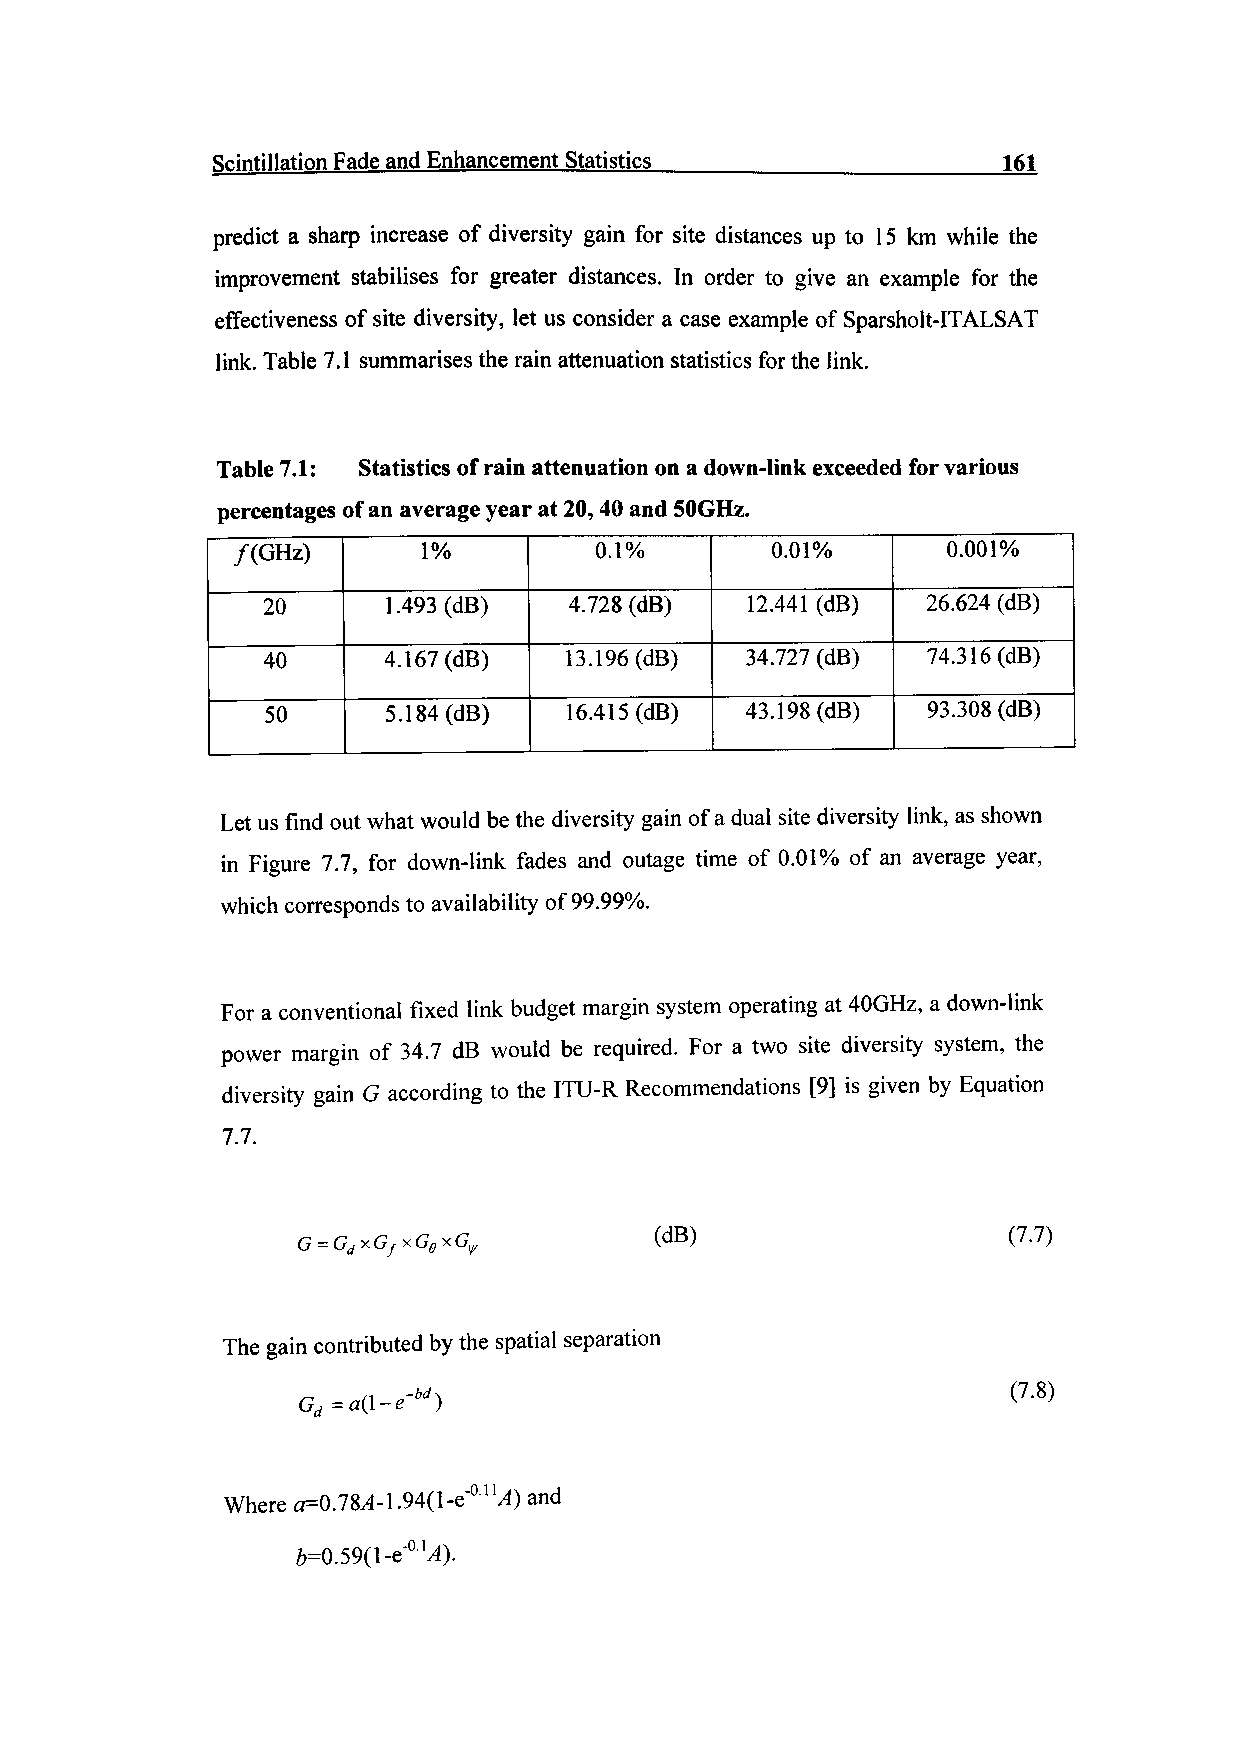
Scintillation Fade and Enhancement Statistics       161
 predict a sharp increase of diversity gain for site distances up to 15 km while the
 improvement stabilises for greater distances. In order to give an example for the
 effectiveness of site diversity, let us consider a case example of Sparsholt-ITALSAT
 link. Table 7.1 summarises the rain attenuation statistics for the link.
 Table 7.1: Statistics of rain attenuation on a down-link exceeded for various
 percentages of an average year at 20,40 and SOGHz.
 /(GHz)       1%         0.1%        0.01%       0.001%
 20       1.493(dB)   4.728 (dB) 12.441 (dB) 26.624 (dB)
 40      4.167(dB)   13.196(dB)  34.727 (dB) 74.31 6 (dB)
 50      5.184(dB)   16.415(dB) 43.1 98 (dB) 93.308 (dB)
 Let us find out what would be the diversity gain of a dual site diversity link, as shown
 in Figure 7.7, for down-link fades and outage time of 0.01% of an average year,
 which corresponds to availability of 99.99%.
 For a conventional fixed link budget margin system operating at 40GHz, a down-link
 power margin of 34.7 dB would be required. For a two site diversity system, the
 diversity gain G according to the ITU-R Recommendations [9] is given by Equation
 7.7.
 (dB)                    (7.7)
 The gain contributed by the spatial separation
 Gd =a(l-e-M)
 (7.8)
 Where 0=0.78,4-1.94(1-a"01 U) and
 6=0.59(1-e'01^).